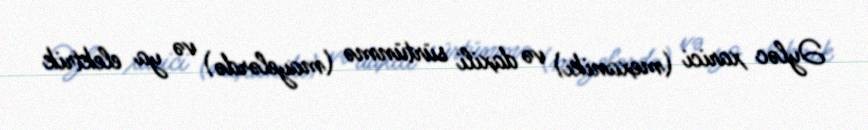
Əyləc xarici (mexaniki) və daxili sürtünmə (mayelərdə) və ya elektrik